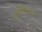
નામિબિયાની